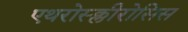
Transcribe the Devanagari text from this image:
एथरोस्क्लीरोसिस